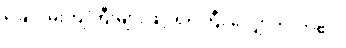
ခြေလှမ်းကျဲကြီးများဖြင့် ရဲရဲကြီး လျှောက်လာ၏။